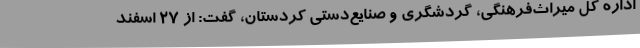
اداره کل میراث‌فرهنگی، گردشگری و صنایع‌دستی کردستان، گفت: از 27 اسفند